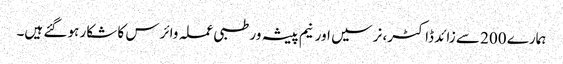
ہمارے 200 سے زائد ڈاکٹر، نرسیں اور نیم پیشہ ور طبی عملہ وائرس کا شکار ہو گئے ہیں۔